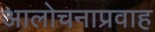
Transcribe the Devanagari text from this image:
आलोचनाप्रवाह